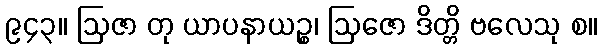
၉၄၃။ ဩဇာ တု ယာပနာယဉ္စ၊ ဩဇော ဒိတ္တိ ဗလေသု စ။